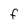
Character: F